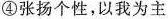
④张扬个性，以我为主